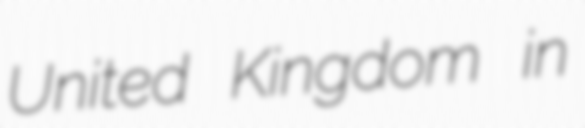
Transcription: United Kingdom in